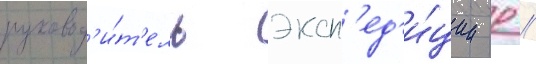
руковод'и́т'ель эксп'ед'и́ции р //